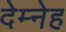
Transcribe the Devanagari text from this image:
देम्नेह